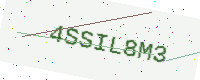
Text: 4SSIL8M3